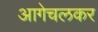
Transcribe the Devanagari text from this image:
आगेचलकर